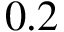
0 . 2